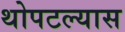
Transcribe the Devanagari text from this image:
थोपटल्यास